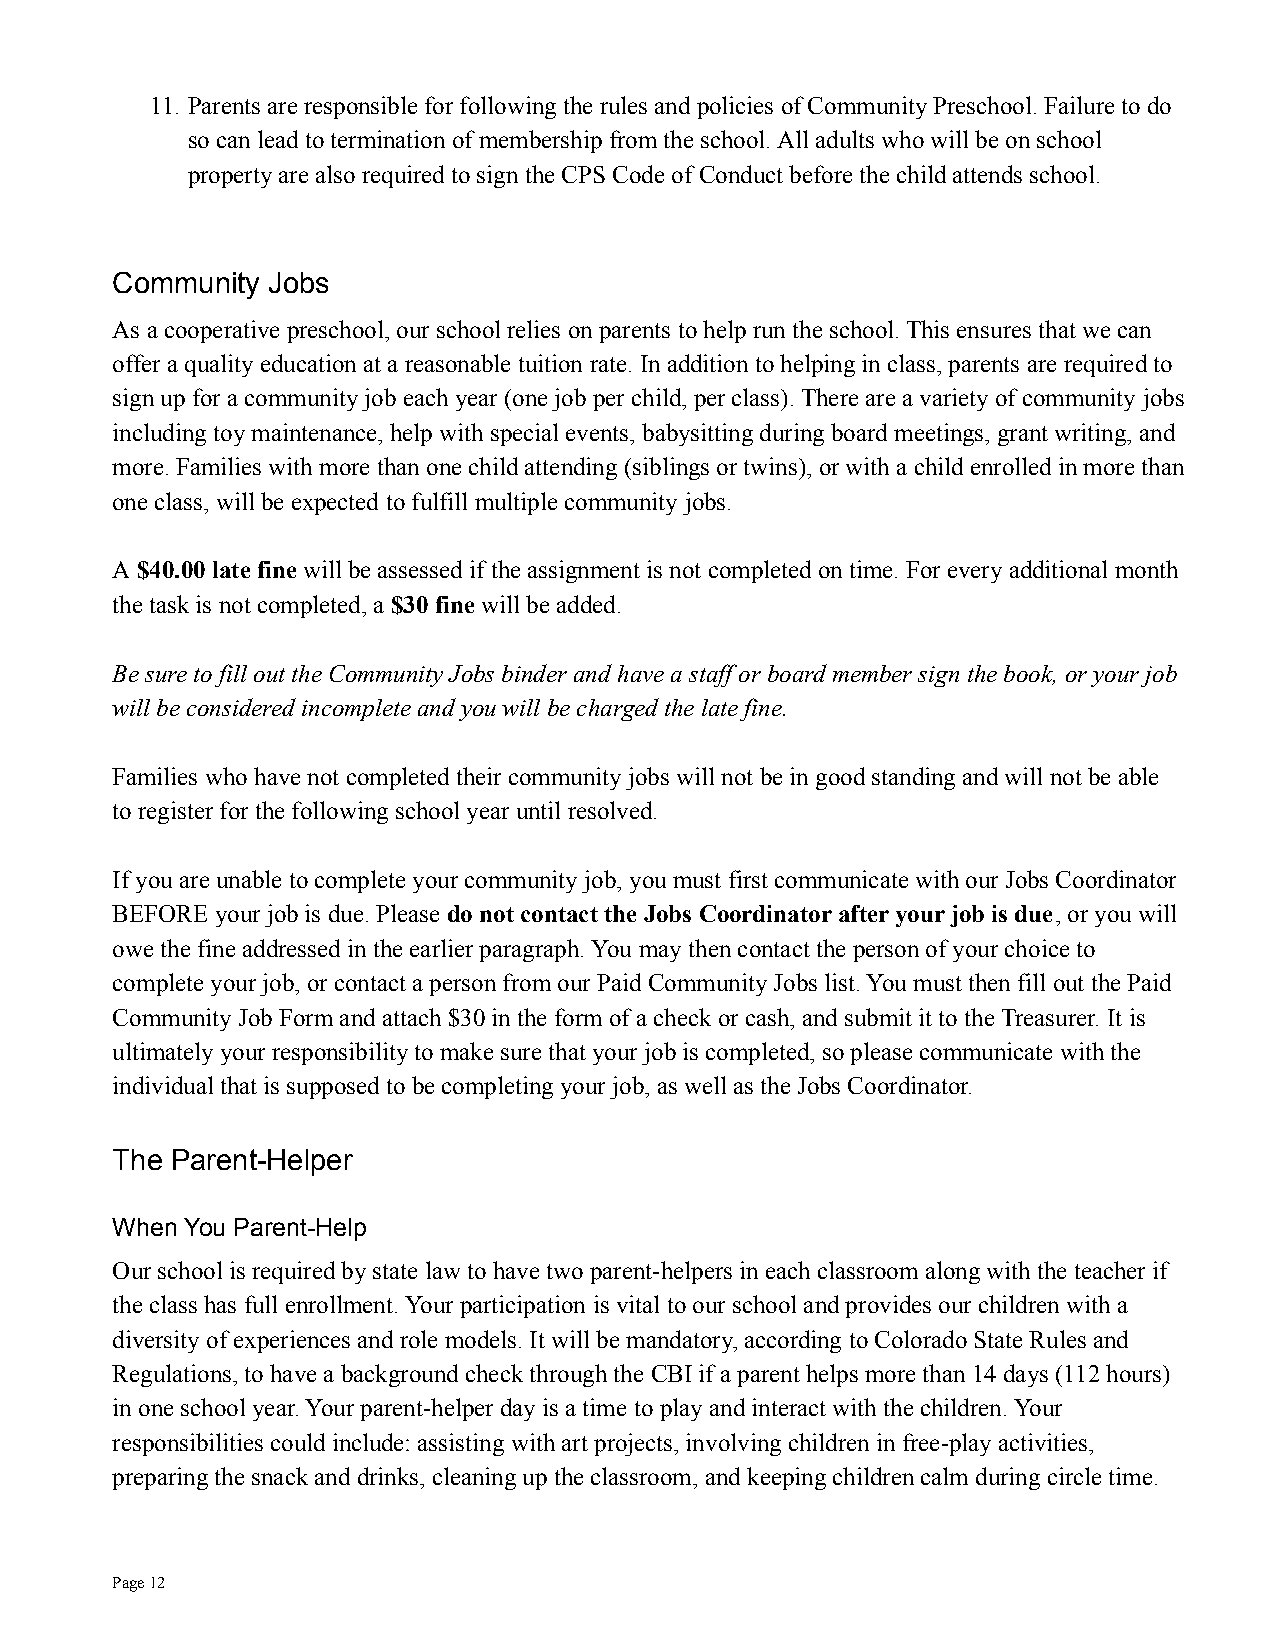
11. Parents are responsible for following the rules and policies of Community Preschool. Failure to do
 so can lead to termination of membership from the school. All adults who will be on school
 property are also required to sign the CPS Code of Conduct before the child attends school.
 Community  Jobs
 As a cooperative preschool, our school relies on parentsto help run the school. This ensures that we can
 offer a quality education at a reasonable tuition rate. In addition to helping in class, parents are required to
 sign up for a community job each year (one job per child, per class). There are a variety of community jobs
 including toy maintenance, help with special events, babysitting during board meetings, grant writing,and
 more. Families with more than one child attending (siblings or twins), or with a child enrolled in morethan
 one class, will be expected to fulfill multiple community jobs.
 A$40.00 late fine will be assessed if the assignmentis not completed on time. For every additional month
 the task is not completed, a $30 fine will be added.
 Be sure to fill out the Community Jobs binder and have a staff or board member sign the book, or yourjob
 will be considered incomplete and you will be chargedthe late fine.
 Families who have not completed their community jobs will not be in good standing and will not be able
 to register for the following school year until resolved.
 If you are unable to complete your community job, you must first communicate with our Jobs Coordinator
 BEFORE your job is due. Please do not contact theJobs Coordinator after your job is due, or you will
 owe the fine addressed in the earlier paragraph. You may then contact the person of your choice to
 complete your job, or contact a person from our PaidCommunity Jobs list. You must then fill out the Paid
 Community Job Form and attach $30 in the form of a check or cash, and submit it to the Treasurer. It is
 ultimately your responsibility to make sure that yourjob is completed, so please communicate with the
 individual that is supposed to be completing your job, as well as the Jobs Coordinator.
 The Parent-Helper
 When You Parent-Help
 Our school is required by state law to have two parent-helpers in each classroom along with the teacher if
 the class has full enrollment. Your participation is vital to our school and provides our children with a
 diversity of experiences and role models. It willbe mandatory, according to Colorado State Rules and
 Regulations, to have a background check through theCBI if a parent helps more than 14 days (112 hours)
 in one school year. Your parent-helper day is a time to play and interact with the children. Your
 responsibilities could include: assisting with artprojects, involving children in free-play activities,
 preparing the snack and drinks, cleaning up the classroom,and keeping children calm during circle time.
 Page12